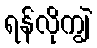
ရန်လိုကျွဲ